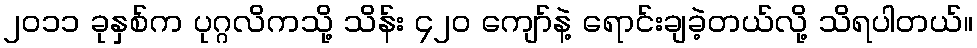
၂၀၁၁ ခုနှစ်က ပုဂ္ဂလိကသို့ သိန်း ၄၂၀ ကျော်နဲ့ ရောင်းချခဲ့တယ်လို့ သိရပါတယ်။